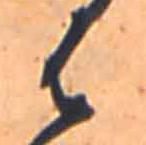
は